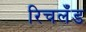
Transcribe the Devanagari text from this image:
रिचलँड